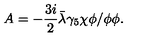
A = - \frac { 3 i } { 2 } { \bar { \lambda } } \gamma _ { 5 } \chi \phi / \phi \phi .